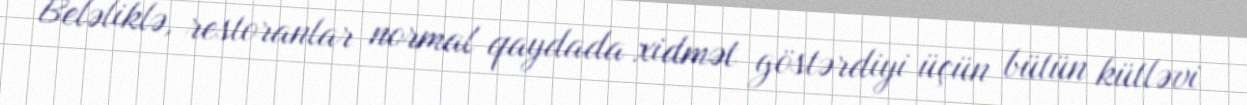
Beləliklə, restoranlar normal qaydada xidmət göstərdiyi üçün bütün kütləvi